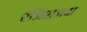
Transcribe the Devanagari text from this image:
रंजिशजदा